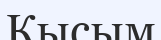
Кысым